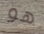
هو